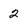
Character: 2